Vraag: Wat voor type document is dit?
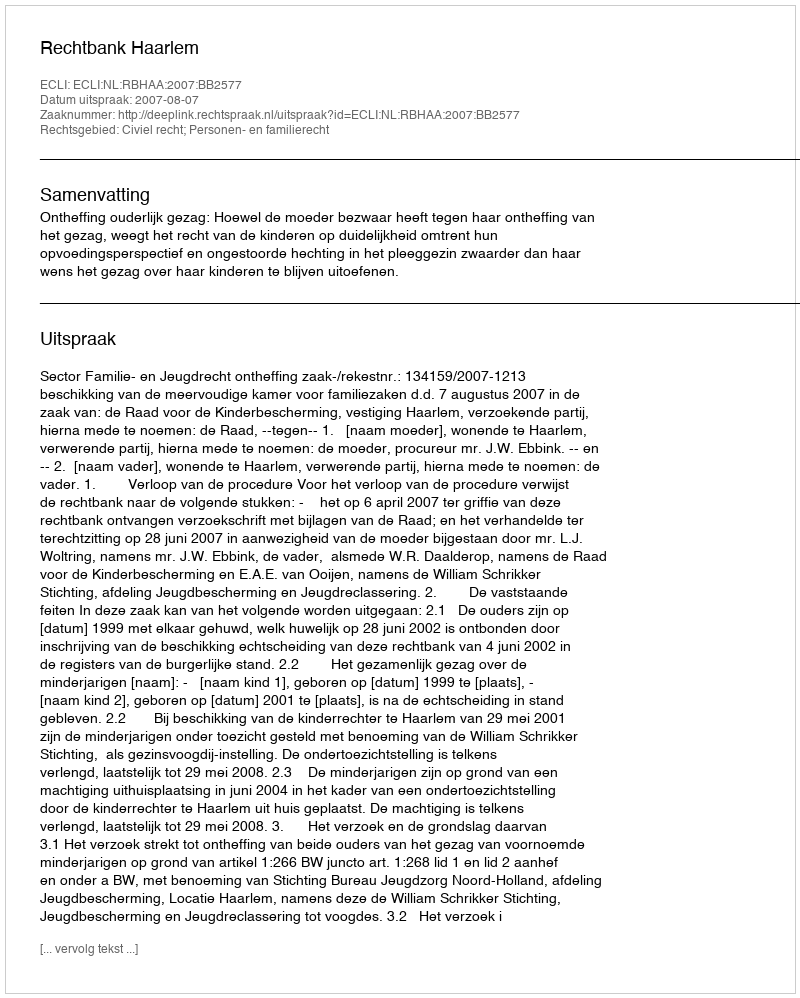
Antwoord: Uitspraak